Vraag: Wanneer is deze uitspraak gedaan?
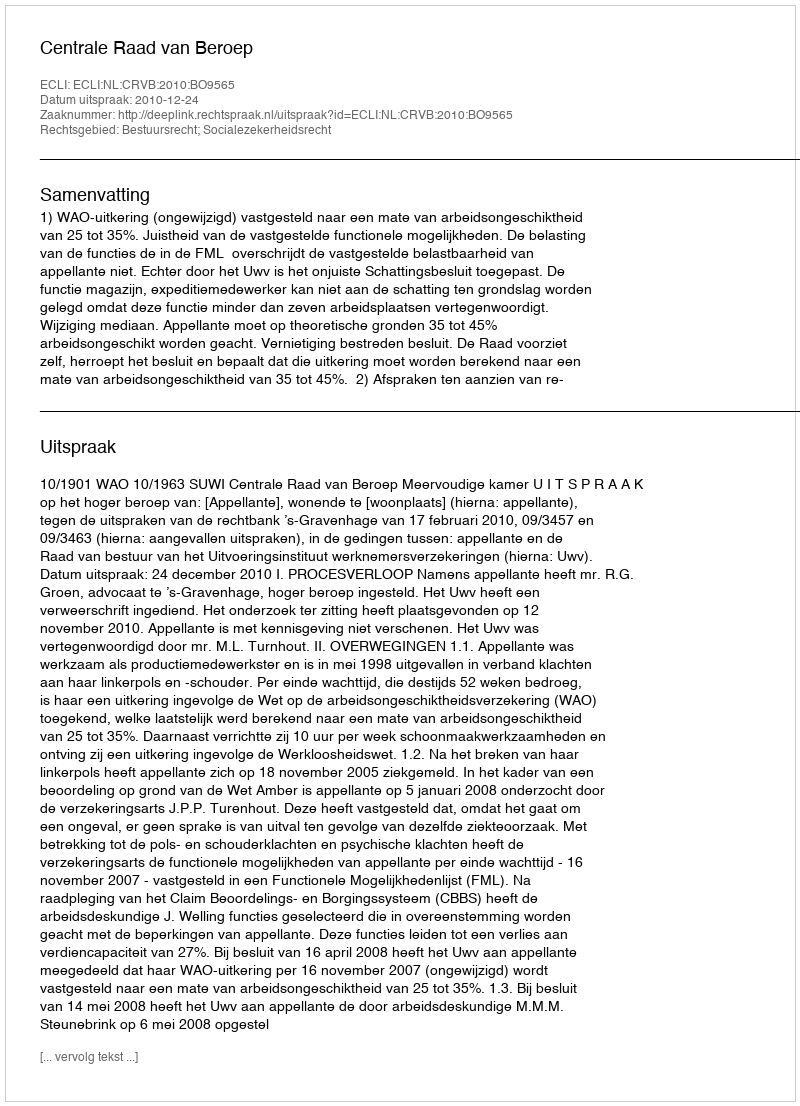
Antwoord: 2010-12-24